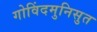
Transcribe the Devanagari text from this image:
गोविंदमुनिसुत